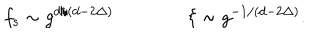
LaTeX: f _ { \mathrm { s } } \sim g ^ { d / ( d - 2 \Delta ) } \qquad \qquad \xi \sim g ^ { - 1 / ( d - 2 \Delta ) } .